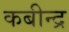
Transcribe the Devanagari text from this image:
कबीन्द्र